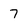
Character: 7